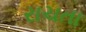
રાચતા